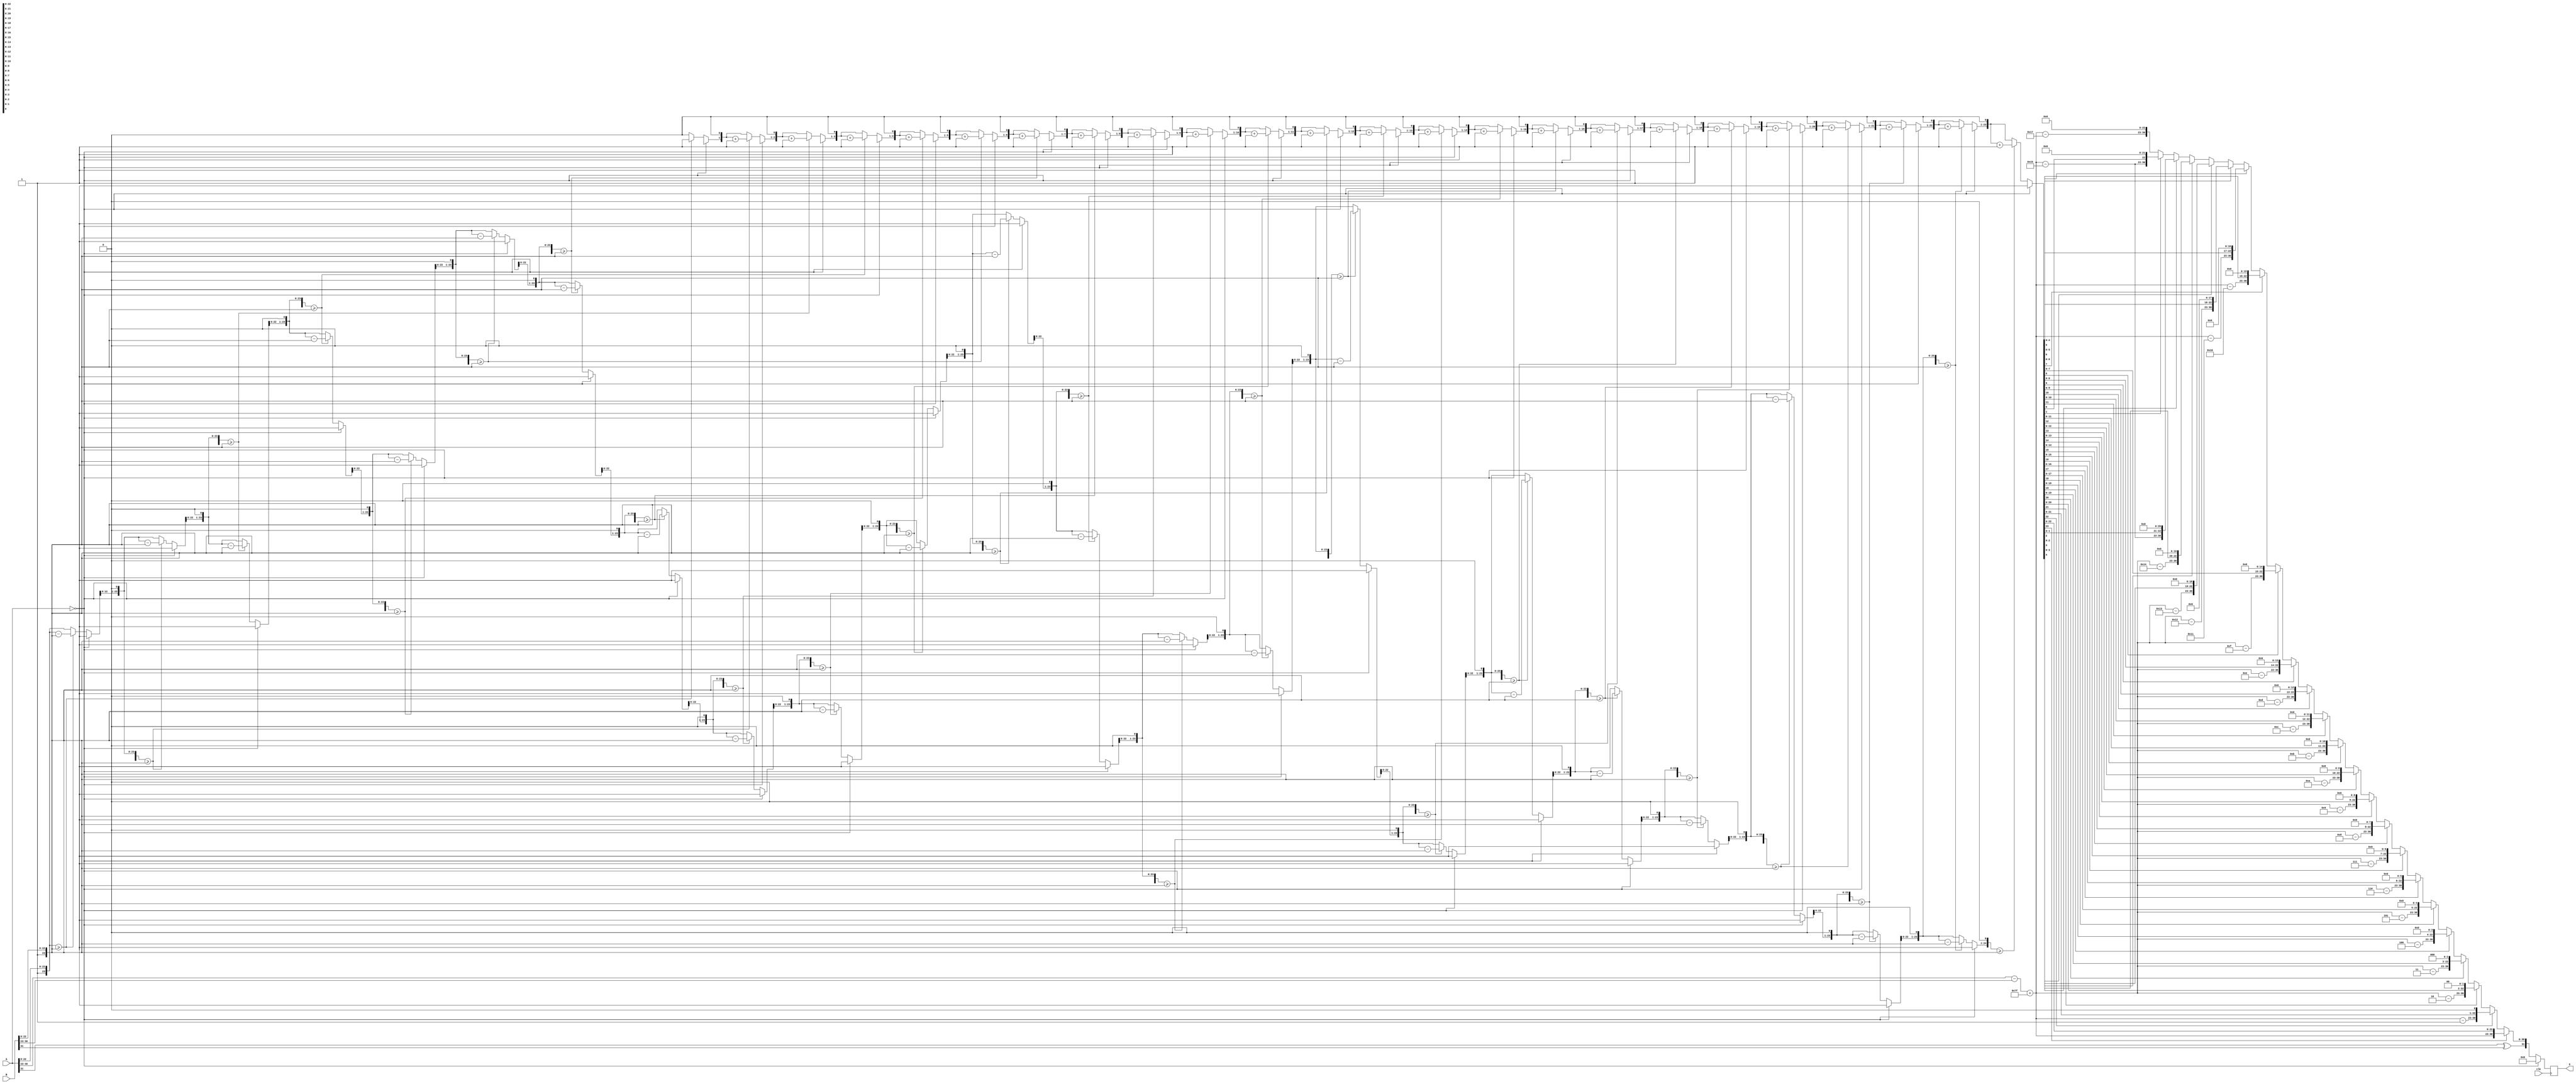
`timescale 1ns / 1ps
//////////////////////////////////////////////////////////////////////////////////
// Company: 
// Engineer: 
// 
// Design Name: 
// Module Name: chufa
// Project Name: 
// Target Devices: 
// Tool Versions: 
// Description: 
// 
// Dependencies: 
// 
// Revision:
// Revision 0.01 - File Created
// Additional Comments:
// 
//////////////////////////////////////////////////////////////////////////////////


module chufa(clk,A,B,S);
input clk;
input [31:0]A;
input [31:0]B;
output [31:0]S;

reg [31:0]S;
reg signA;//
reg signB;
reg signS;
reg [7:0]expA;//
reg [7:0]expB;
reg [7:0]expS;
reg [23:0]manA;//
reg [23:0]manB;
reg [24:0]manS;
reg [7:0]count=0;//
reg [24:0]DmanA;//10.5/2.5/
reg [24:0]DmanB;//
reg [23:0]yshang=0;//
reg [24:0]yyushu;//
integer i;
always@(posedge clk)
begin
	if(A==0)
		S=32'b0;
	else begin
	signA=A[31];
	signB=B[31];
	expA=A[30:23];
	expB=B[30:23];
	DmanA={2'b01,A[22:0]};
	DmanB={2'b01,B[22:0]};
	yshang=0;	
	expS=expA-expB+8'b01111111;
	signS=signA^signB;
	yyushu=DmanA;
	for(i = 0;i < 24;i = i + 1)
        begin
          if(yyushu>=DmanB)begin
				yshang[23:0]=yshang[23:0]<<1;
				yshang[23:0]=yshang[23:0]+24'h000001;
				yyushu=yyushu-DmanB;end
			else begin
				yshang[23:0]=yshang[23:0]<<1;
				end
			yyushu=yyushu<<1;
        end
	if(yshang[23])begin
		S={signS,expS[7:0],yshang[22:0]};
		end
	else if(yshang[22]) begin
		yshang=yshang<<1;
		expS=expS-1;
		S={signS,expS[7:0],yshang[22:0]};end
	else if(yshang[21]) begin
		yshang=yshang<<2;
		expS=expS-2;
		S={signS,expS[7:0],yshang[22:0]};end	
	else if(yshang[20]) begin
		yshang=yshang<<3;
		expS=expS-3;
		S={signS,expS[7:0],yshang[22:0]};end
	else if(yshang[19]) begin
		yshang=yshang<<4;
		expS=expS-4;
		S={signS,expS[7:0],yshang[22:0]};end	
	else if(yshang[18]) begin
		yshang=yshang<<5;
		expS=expS-5;
		S={signS,expS[7:0],yshang[22:0]};end
	else if(yshang[17]) begin
		yshang=yshang<<6;
		expS=expS-6;
		S={signS,expS[7:0],yshang[22:0]};end	
	else if(yshang[16]) begin
		yshang=yshang<<7;
		expS=expS-7;
		S={signS,expS[7:0],yshang[22:0]};end
	else if(yshang[15]) begin
		yshang=yshang<<8;
		expS=expS-8;
		S={signS,expS[7:0],yshang[22:0]};end	
	else if(yshang[14]) begin
		yshang=yshang<<9;
		expS=expS-9;
		S={signS,expS[7:0],yshang[22:0]};end
	else if(yshang[13]) begin
		yshang=yshang<<10;
		expS=expS-10;
		S={signS,expS[7:0],yshang[22:0]};end	
	else if(yshang[12]) begin
		yshang=yshang<<11;
		expS=expS-11;
		S={signS,expS[7:0],yshang[22:0]};end
	else if(yshang[11]) begin
		yshang=yshang<<12;
		expS=expS-12;
		S={signS,expS[7:0],yshang[22:0]};end	
	else if(yshang[10]) begin
		yshang=yshang<<13;
		expS=expS-13;
		S={signS,expS[7:0],yshang[22:0]};end
	else if(yshang[9]) begin
		yshang=yshang<<14;
		expS=expS-14;
		S={signS,expS[7:0],yshang[22:0]};end	
	else if(yshang[8]) begin
		yshang=yshang<<15;
		expS=expS-15;
		S={signS,expS[7:0],yshang[22:0]};end
	else if(yshang[7]) begin
		yshang=yshang<<16;
		expS=expS-16;
		S={signS,expS[7:0],yshang[22:0]};end	
	else if(yshang[6]) begin
		yshang=yshang<<17;
		expS=expS-17;
		S={signS,expS[7:0],yshang[22:0]};end
	else if(yshang[5]) begin
		yshang=yshang<<18;
		expS=expS-18;
		S={signS,expS[7:0],yshang[22:0]};end	
	else if(yshang[4]) begin
		yshang=yshang<<19;
		expS=expS-19;
		S={signS,expS[7:0],yshang[22:0]};end
	else if(yshang[3]) begin
		yshang=yshang<<20;
		expS=expS-20;
		S={signS,expS[7:0],yshang[22:0]};end	
	else if(yshang[2]) begin
		yshang=yshang<<21;
		expS=expS-21;
		S={signS,expS[7:0],yshang[22:0]};end
	else if(yshang[1]) begin
		yshang=yshang<<22;
		expS=expS-21;
		S={signS,expS[7:0],yshang[22:0]};end	
	else begin
		yshang=yshang<<23;
		expS=expS-23;
		S={signS,expS[7:0],yshang[22:0]};end	
  	end
end
endmodule